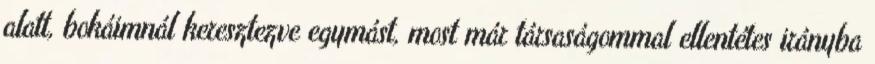
alatt, bokáimnál keresztezve egymást, most már társaságommal ellentétes irányba